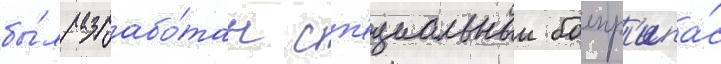
бы́л разрабо́тан сп'ециальныи боепр'ипа́с